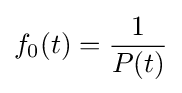
f_{0}(t)={\frac {1}{P(t)}}